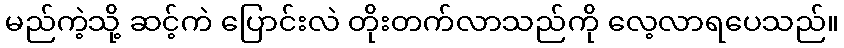
မည်ကဲ့သို့ ဆင့်ကဲ ပြောင်းလဲ တိုးတက်လာသည်ကို လေ့လာရပေသည်။